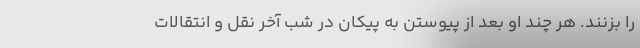
را بزنند. هر چند او بعد از پیوستن به پیکان در شب آخر نقل و انتقالات